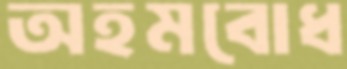
অহমবোধ